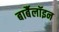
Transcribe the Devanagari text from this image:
बार्बैलॉइन